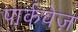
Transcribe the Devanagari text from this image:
पार्कवेज़